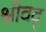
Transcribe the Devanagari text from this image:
श्रीवद्‌